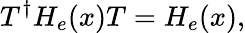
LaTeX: T^{\dagger}H_{e}(x)T=H_{e}(x),